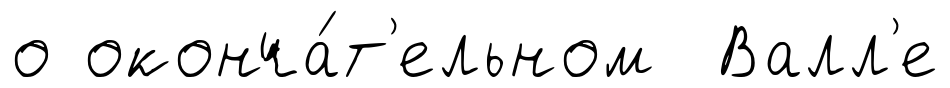
о оконча́т'ельном Валл'е